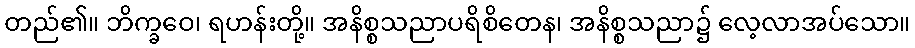
တည်၏။ ဘိက္ခဝေ၊ ရဟန်းတို့။ အနိစ္စသညာပရိစိတေန၊ အနိစ္စသညာ၌ လေ့လာအပ်သော။